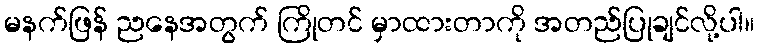
မနက်ဖြန် ညနေအတွက် ကြိုတင် မှာထားတာကို အတည်ပြုချင်လို့ပါ။